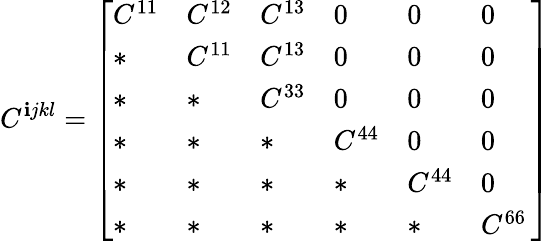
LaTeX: C^{\mathbf{i}jkl}=\left[\begin{array}{llllll}{C^{11}}&{C^{12}}&{C^{13}}&{0}&{0}&{0}\\ {*}&{C^{11}}&{C^{13}}&{0}&{0}&{0}\\ {*}&{*}&{C^{33}}&{0}&{0}&{0}\\ {*}&{*}&{*}&{C^{44}}&{0}&{0}\\ {*}&{*}&{*}&{*}&{C^{44}}&{0}\\ {*}&{*}&{*}&{*}&{*}&{C^{66}\, }\end{array}\right]